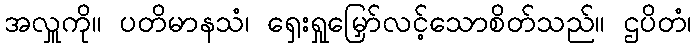
အလှူကို။ ပတိမာနသံ၊ ရှေးရှုမြှော်လင့်သောစိတ်သည်။ ဌပိတံ၊